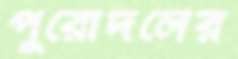
পুরোদলের